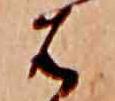
は